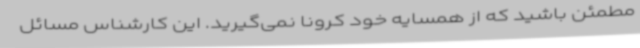
مطمئن باشید که از همسایه‌ خود کرونا نمی‌گیرید. این کارشناس مسائل